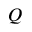
Q